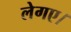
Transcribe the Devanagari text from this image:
लेगए।